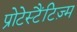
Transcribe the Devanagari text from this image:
प्रोटेस्टैंटिज़्म